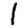
Digit: 1